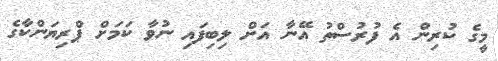
މީގެ ކުރިން އެ ފުރުސްތު އޭނާ އަށް ލިބިފައި ނުވާ ކަމަށް ޕްރިޔަންކާގެ